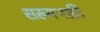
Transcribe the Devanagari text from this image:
सख्यभक्ती